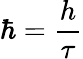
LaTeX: \hbar={\frac{h}{\tau}}